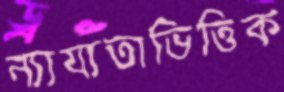
ন্যায্যতাভিত্তিক